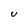
Character: U